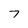
Character: 7